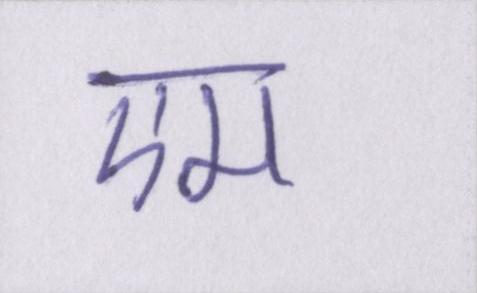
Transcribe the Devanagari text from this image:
एम